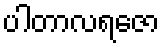
ပါတာလရဇော